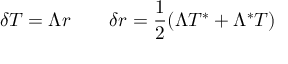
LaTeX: \delta T = \Lambda r \qquad \delta r = { \frac { 1 } { 2 } } ( \Lambda T ^ { * } + \Lambda ^ { * } T )